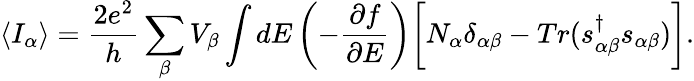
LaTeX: \langle I_{\alpha}\rangle=\frac{2e^{2}}{h}\sum_{\beta}V_{\beta}\int dE\left(-\frac{\partial f}{\partial E}\right)\bigg[N_{\alpha}\delta_{\alpha\beta}-Tr(s_{\alpha\beta}^{\dagger}s_{\alpha\beta})\bigg].